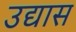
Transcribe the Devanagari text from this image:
उद्यास